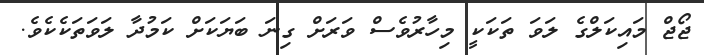
ޖޯޖް މައިކަލްގެ ލަވަ ތަކަކީ މިހާރުވެސް ވަރަށް ގިނަ ބަޔަކަށް ކަމުދާ ލަވަތަކެކެވެ.